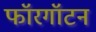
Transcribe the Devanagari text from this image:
फॉरगॉटन